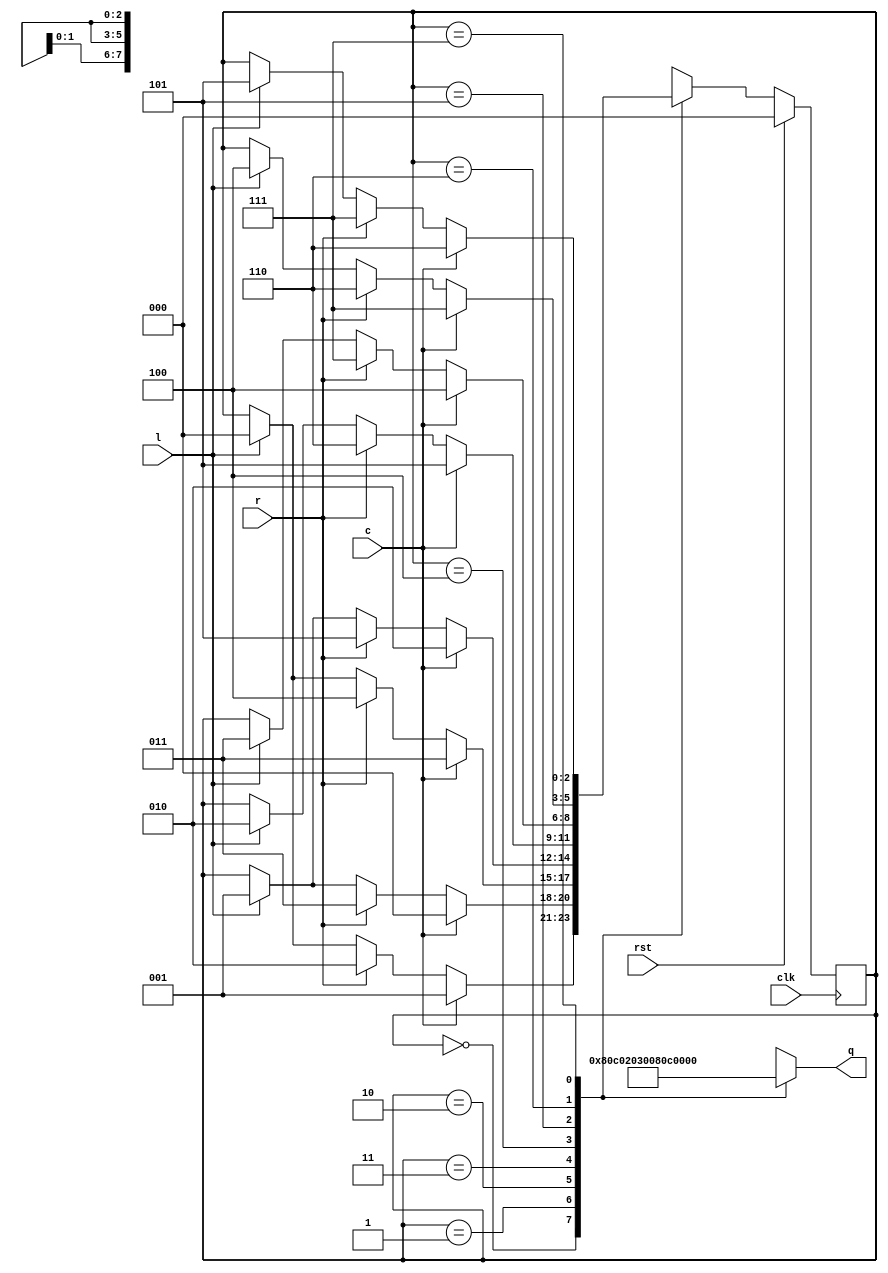
/*
   This file was generated automatically by Alchitry Labs version 1.2.1.
   Do not edit this file directly. Instead edit the original Lucid source.
   This is a temporary file and any changes made to it will be destroyed.
*/

module basket_fsm_2 (
    input clk,
    input rst,
    input l,
    input r,
    input c,
    output reg [7:0] q
  );
  
  
  
  localparam ABLUE_basket = 3'd0;
  localparam ARED_basket = 3'd1;
  localparam BBLUE_basket = 3'd2;
  localparam BRED_basket = 3'd3;
  localparam CBLUE_basket = 3'd4;
  localparam CRED_basket = 3'd5;
  localparam DBLUE_basket = 3'd6;
  localparam DRED_basket = 3'd7;
  
  reg [2:0] M_basket_d, M_basket_q = ABLUE_basket;
  
  always @* begin
    M_basket_d = M_basket_q;
    
    q = 2'h2;
    
    case (M_basket_q)
      ABLUE_basket: begin
        q = 8'h80;
        if (l) begin
          M_basket_d = ABLUE_basket;
        end
        if (r) begin
          M_basket_d = BBLUE_basket;
        end
        if (c) begin
          M_basket_d = ARED_basket;
        end
      end
      ARED_basket: begin
        q = 8'hc0;
        if (l) begin
          M_basket_d = ARED_basket;
        end
        if (r) begin
          M_basket_d = BRED_basket;
        end
        if (c) begin
          M_basket_d = ABLUE_basket;
        end
      end
      BBLUE_basket: begin
        q = 8'h20;
        if (l) begin
          M_basket_d = ABLUE_basket;
        end
        if (r) begin
          M_basket_d = CBLUE_basket;
        end
        if (c) begin
          M_basket_d = BRED_basket;
        end
      end
      BRED_basket: begin
        q = 8'h30;
        if (l) begin
          M_basket_d = ARED_basket;
        end
        if (r) begin
          M_basket_d = CRED_basket;
        end
        if (c) begin
          M_basket_d = BBLUE_basket;
        end
      end
      CBLUE_basket: begin
        q = 8'h08;
        if (l) begin
          M_basket_d = BBLUE_basket;
        end
        if (r) begin
          M_basket_d = DBLUE_basket;
        end
        if (c) begin
          M_basket_d = CRED_basket;
        end
      end
      CRED_basket: begin
        q = 8'h0c;
        if (l) begin
          M_basket_d = BRED_basket;
        end
        if (r) begin
          M_basket_d = DRED_basket;
        end
        if (c) begin
          M_basket_d = CBLUE_basket;
        end
      end
      DBLUE_basket: begin
        q = 8'h02;
        if (l) begin
          M_basket_d = CBLUE_basket;
        end
        if (r) begin
          M_basket_d = DBLUE_basket;
        end
        if (c) begin
          M_basket_d = DRED_basket;
        end
      end
      DRED_basket: begin
        q = 8'h03;
        if (l) begin
          M_basket_d = CRED_basket;
        end
        if (r) begin
          M_basket_d = DRED_basket;
        end
        if (c) begin
          M_basket_d = DBLUE_basket;
        end
      end
    endcase
  end
  
  always @(posedge clk) begin
    if (rst == 1'b1) begin
      M_basket_q <= 1'h0;
    end else begin
      M_basket_q <= M_basket_d;
    end
  end
  
endmodule